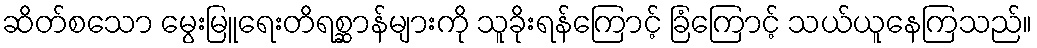
ဆိတ်စသော မွေးမြူရေးတိရစ္ဆာန်များကို သူခိုးရန်ကြောင့် ခြံကြောင့် သယ်ယူနေကြသည်။